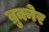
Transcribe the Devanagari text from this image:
ब्रुक्नेर